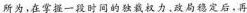
所为，在掌握一段时间的独裁权力。政局福定后，再